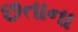
છતાના